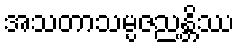
အသတာသမ္ပဇညန္တိဿ